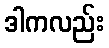
ဒါကလည်း